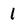
Character: 1